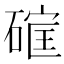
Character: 𮀳